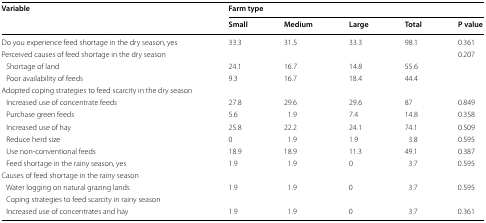
<table><thead><tr><td rowspan="2"><b>Variable</b></td><td colspan="5"><b>Farm type</b></td></tr><tr><td><b>Small</b></td><td><b>Medium</b></td><td><b>Large</b></td><td><b>Total</b></td><td><b>P value</b></td></tr></thead><tbody><tr><td>Do you experience feed shortage in the dry season, yes</td><td>33.3</td><td>31.5</td><td>33.3</td><td>98.1</td><td>0.361</td></tr><tr><td>Perceived causes of feed shortage in the dry season</td><td></td><td></td><td></td><td></td><td>0.207</td></tr><tr><td> Shortage of land</td><td>24.1</td><td>16.7</td><td>14.8</td><td>55.6</td><td></td></tr><tr><td> Poor availability of feeds</td><td>9.3</td><td>16.7</td><td>18.4</td><td>44.4</td><td></td></tr><tr><td>Adopted coping strategies to feed scarcity in the dry season</td><td></td><td></td><td></td><td></td><td></td></tr><tr><td> Increased use of concentrate feeds</td><td>27.8</td><td>29.6</td><td>29.6</td><td>87</td><td>0.849</td></tr><tr><td> Purchase green feeds</td><td>5.6</td><td>1.9</td><td>7.4</td><td>14.8</td><td>0.358</td></tr><tr><td> Increased use of hay</td><td>25.8</td><td>22.2</td><td>24.1</td><td>74.1</td><td>0.509</td></tr><tr><td> Reduce herd size</td><td>0</td><td>1.9</td><td>1.9</td><td>3.8</td><td>0.595</td></tr><tr><td> Use non-conventional feeds</td><td>18.9</td><td>18.9</td><td>11.3</td><td>49.1</td><td>0.387</td></tr><tr><td> Feed shortage in the rainy season, yes</td><td>1.9</td><td>1.9</td><td>0</td><td>3.7</td><td>0.595</td></tr><tr><td>Causes of feed shortage in the rainy season</td><td></td><td></td><td></td><td></td><td></td></tr><tr><td> Water logging on natural grazing lands</td><td>1.9</td><td>1.9</td><td>0</td><td>3.7</td><td>0.595</td></tr><tr><td> Coping strategies to feed scarcity in rainy season</td><td></td><td></td><td></td><td></td><td></td></tr><tr><td> Increased use of concentrates and hay</td><td>1.9</td><td>1.9</td><td>0</td><td>3.7</td><td>0.361</td></tr></tbody></table>